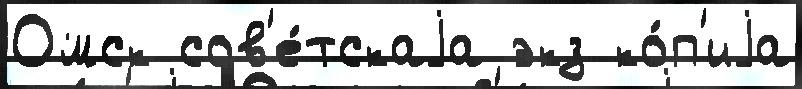
Омск сов'е́тскаjа экз ко́п'иjа